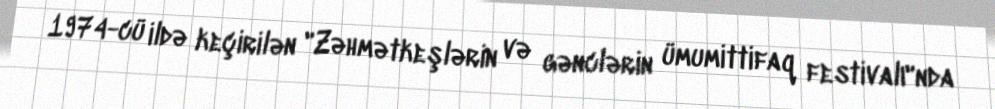
1974-cü ildə keçirilən "Zəhmətkeşlərin və gənclərin ümumittifaq festivalı"nda